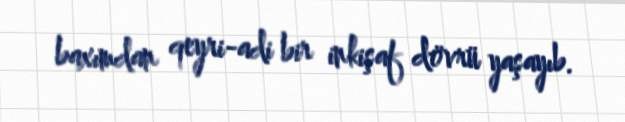
baxımdan qeyri-adi bir inkişaf dövrü yaşayıb.